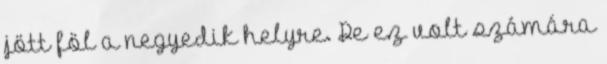
jött föl a negyedik helyre. De ez volt számára